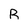
Character: R